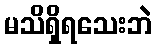
မသိရှိရသေးဘဲ